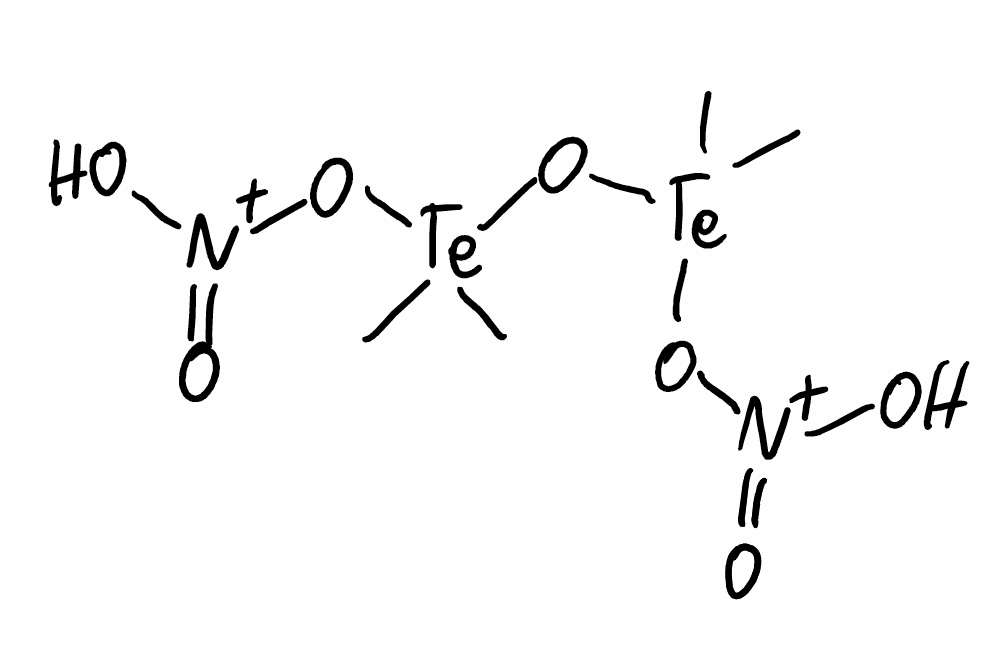
Simplified molecular-input line-entry system (SMILES) notation of the given molecule:
C[Te](C)(O[N+](=O)O)O[Te](C)(C)O[N+](=O)O